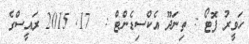
ހަވީރު ފޮޓޯ : ތިނަދޫ އެކްސިޑެންޓް :  17